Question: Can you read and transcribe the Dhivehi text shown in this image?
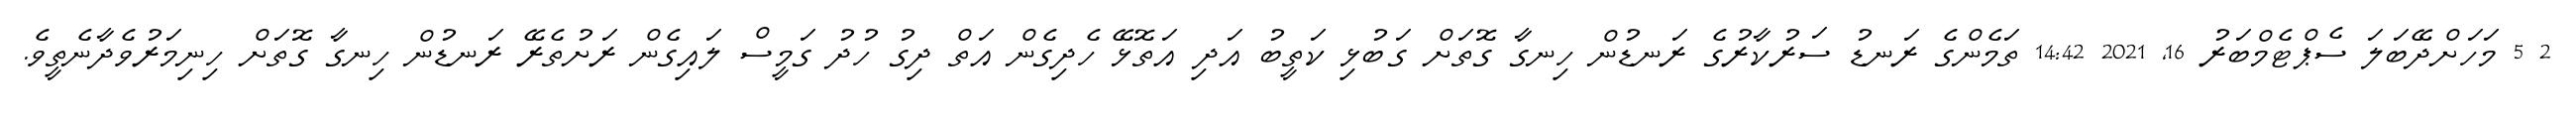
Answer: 2 5 މަހަށްދޭބަލަ ސެޕްޓެމްބަރު 16, 2021 14:42 ތަމެންގެ ރަނޑު ސަރުކާރުގެ ރަނޑުން ހިނގާ ގޮތަށް ގަބުޅި ކަތީބު އަދި އަތޮޅޭ ހެދިގެން އަތް ދިގު ހުދު ގަމީސް ލައިގެން ރަށުތެރޭ ރަނޑުން ހިނގާ ގޮތަށް ހިނިމަރުވެދާނެތީވެ.